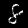
Digit: 8